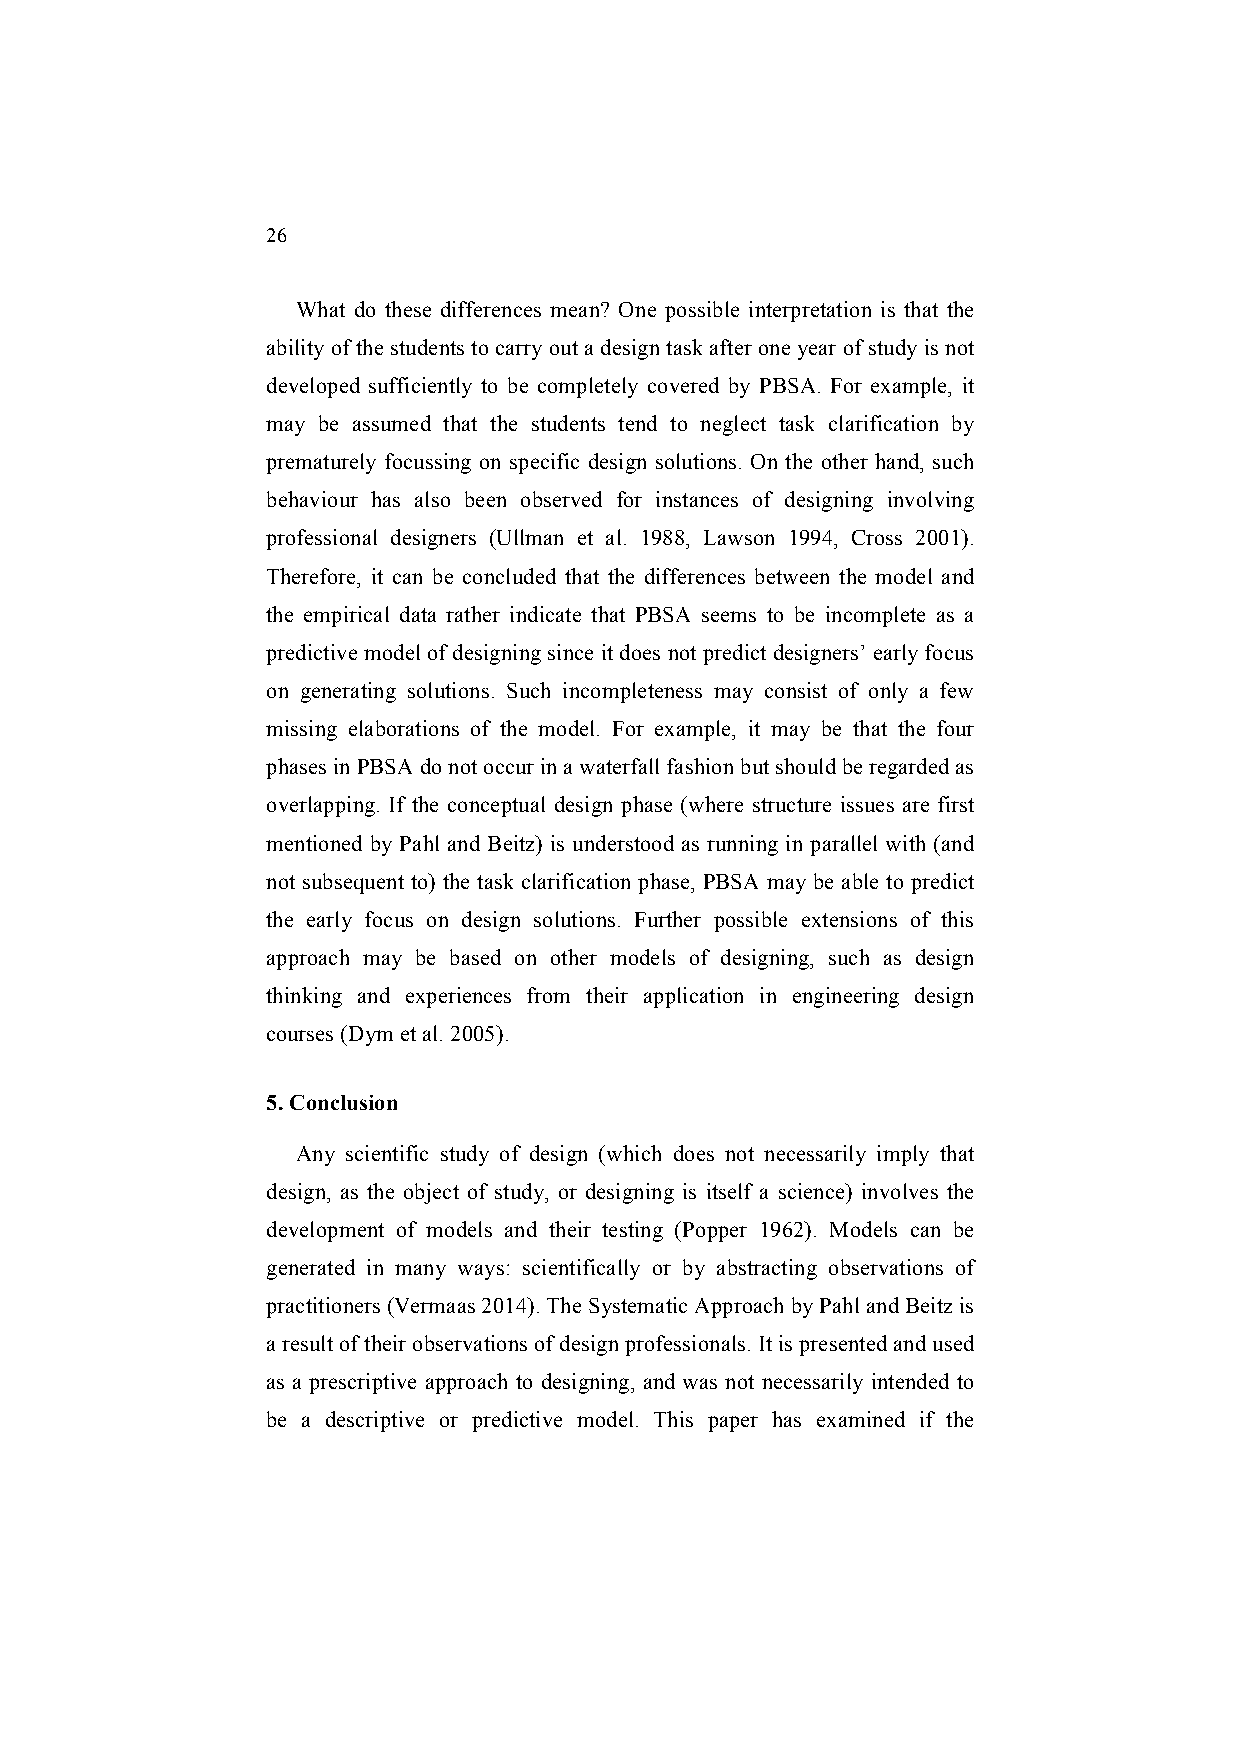
26
 What do these differences mean? One possible interpretation is that the
 ability of the students to carry out a design task after one year of study is not
 developed sufficiently to be completely covered by PBSA. For example, it
 may be assumed that the students tend to neglect task clarification by
 prematurely focussing on specific design solutions. On the other hand, such
 behaviour has also been observed for instances of designing involving
 professional designers (Ullman et al. 1988, Lawson 1994, Cross 2001).
 Therefore, it can be concluded that the differences between the model and
 the empirical data rather indicate that PBSA seems to be incomplete as a
 predictive model of designing since it does not predict designers’ early focus
 on generating solutions. Such incompleteness may consist of only a few
 missing elaborations of the model. For example, it may be that the four
 phases in PBSA do not occur in a waterfall fashion but should be regarded as
 overlapping. If the conceptual design phase (where structure issues are first
 mentioned by Pahl and Beitz) is understood as running in parallel with (and
 not subsequent to) the task clarification phase, PBSA may be able to predict
 the early focus on design solutions. Further possible extensions of this
 approach may be based on other models of designing, such as design
 thinking and experiences from their application in engineering design
 courses (Dym et al. 2005).
 5. Conclusion
 Any scientific study of design (which does not necessarily imply that
 design, as the object of study, or designing is itself a science) involves the
 development of models and their testing (Popper 1962). Models can be
 generated in many ways: scientifically or by abstracting observations of
 practitioners (Vermaas 2014). The Systematic Approach by Pahl and Beitz is
 a result of their observations of design professionals. It is presented and used
 as a prescriptive approach to designing, and was not necessarily intended to
 be a descriptive or predictive model. This paper has examined if the